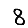
Digit: 8